Calcutta medical institutions reports 1892-1900
Year: 1892
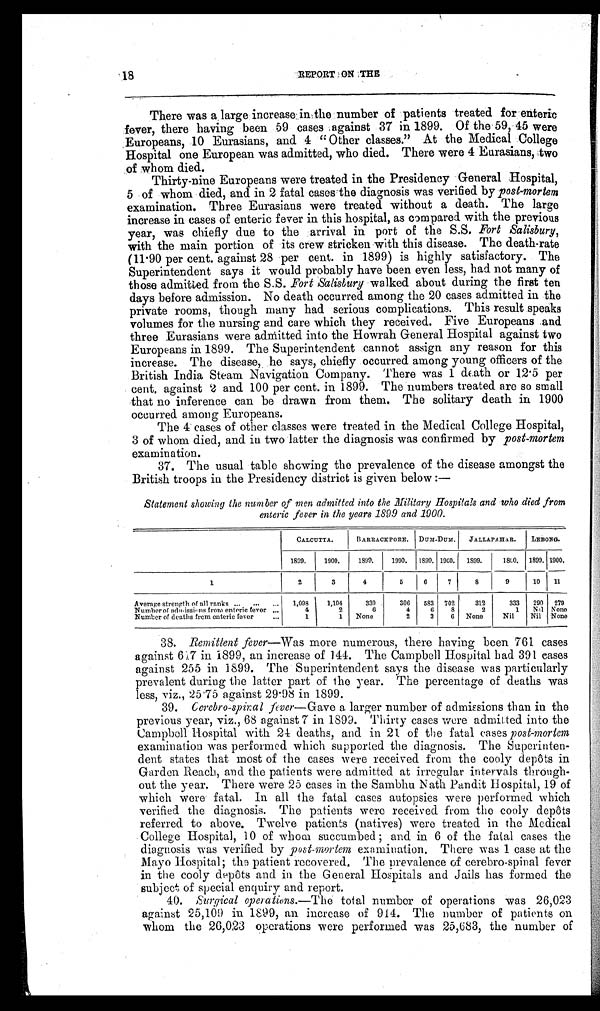
18
REPORT ON THE
There was a large increase in the number of patients treated for enteric
fever, there having been 59 cases against 37 in 1899. Of the 59, 45 were
Europeans, 10 Eurasians, and 4 “Other classes.” At the Medical College
Hospital one European was admitted, who died. There were 4 Eurasians, two
of whom died.
Thirty-nine Europeans were treated in the Presidency General Hospital,
5 of whom died, and in 2 fatal cases the diagnosis was verified by post-mortem
examination. Three Eurasians were treated without a death. The large
increase in cases of enteric fever in this hospital, as compared with the previous
year, was chiefly due to the arrival in port of the S.S. Fort Salisbury,
with the main portion of its crew stricken with this disease. The death-rate
(11.90 per cent. against 28 per cent. in 1899) is highly satisfactory. The
Superintendent says it would probably have been even less, had not many of
those admitted from the S.S. Fort Salisbury walked about during the first ten
days before admission. No death occurred among the 20 cases admitted in the
private rooms, though many had serious complications. This result speaks
volumes for the nursing and care which they received. Five Europeans and
three Eurasians were admitted into the Howrah General Hospital against two
Europeans in 1899. The Superintendent cannot assign any reason for this
increase. The disease, he says, chiefly occurred among young officers of the
British India Steam Navigation Company. There was 1 death or 12.5 per
c e n t . a g a i n s t 2 a n d 1 0 0 p e r c e n t . i n 1 8 9 9 . T h e n u m b e r s t r e a t e d a r e s o s m a l l
that no inference can be drawn from them. The solitary death in 1900
occurred among Europeans.
The 4 cases of other classes were treated in the Medical College Hospital,
3 of whom died, and in two latter the diagnosis was confirmed by post-mortem
examination.
37. The usual table showing the prevalence of the disease amongst the
British troops in the Presidency district is given below :—
Statement showing the number of men admitted into the Military Hospitals and who died from
enteric fever in the years 1899 and 1900.
CALCUTTA.
BARRACKPORE.
D U M - D U M .
JALLAPAHAR.
LEBONG
1899.
1900.
1899.
1990.
1899. 1900.
1899.
1 8 0 0 .
1899. 1900.
1
2
3
4
5
6
7 7
8
9
10
11
Average strength of all ranks...
...
...
1,098
1,104
330
306
583
702
312
333
290
279
Number of admissions from enteric fever
. . .
4
2
6
4
6
8
2
1
Nil None
Number of deaths frcm enteric fever
...
1
1
None
2
3
6
None
Nil
Nil
None
38.
Remittent fever—Was more numerous, there having been 761 cases
against 6.7 in 1899, an increase of 144. The Campbell Hospital had 391 cases
against 255 in 1899. The Superintendent says the disease was particularly
prevalent during the latter part of the year. The percentage of deaths was
less, viz., 25.75 against 29.98 in 1899.
39.
Oerebro-spiral fiver— Gave a larger number of admissions than in the
previous year, viz., 68 against 7 in 1899. Thirty cases were admitted into the
Campbell Hospital with 24 deaths, and in 21 of the fatal cases post-mortem
examination was performed which supported the diagnosis. The Superinten--
dent states that most of the cases were received from the cooly depôts in
Garden Reach, and the patients were admitted at irregular intervals through-
- o u t t h e y e a r . T h e r e w e r e 2 5 c a s e s i n t h e S a m b h u N a t h P a n d i t H o s p i t a l , 1 9 o f
which were fatal. In all the fatal cases autopsies were performed which
verified the diagnosis. The patients were received from the cooly depôts
referred to above. Twelve patients (natives) were treated in the Medical
College Hospital, 10 of whom succumbed and in 6 of the fatal cases the
diagnosis was verified by post-mortem examination. There was 1 case at the
Mayo Hospital; the patient recovered. The prevalence of cerebro-spinal fever
in the cooly depôts and in the General Hospitals and Jails has formed the
subject of special enquiry and report.
40. Surgical operat ions.—The total number of operations was 26,023
against 25,109 in 1899, an increase of 914. The number of patients on
w h o m t h e 2 6 , 0 2 3 o p e r a t i o n s w e r e p e r f o r m e d w a s 2 5 , 6 8 3 , t h e n u m b e r o f